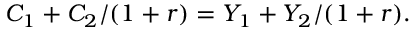
C _ { 1 } + C _ { 2 } / ( 1 + r ) = Y _ { 1 } + Y _ { 2 } / ( 1 + r ) .